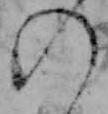
の